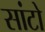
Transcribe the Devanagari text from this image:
सांटो